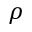
\rho